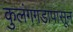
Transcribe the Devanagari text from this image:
कुलंगगडापासून